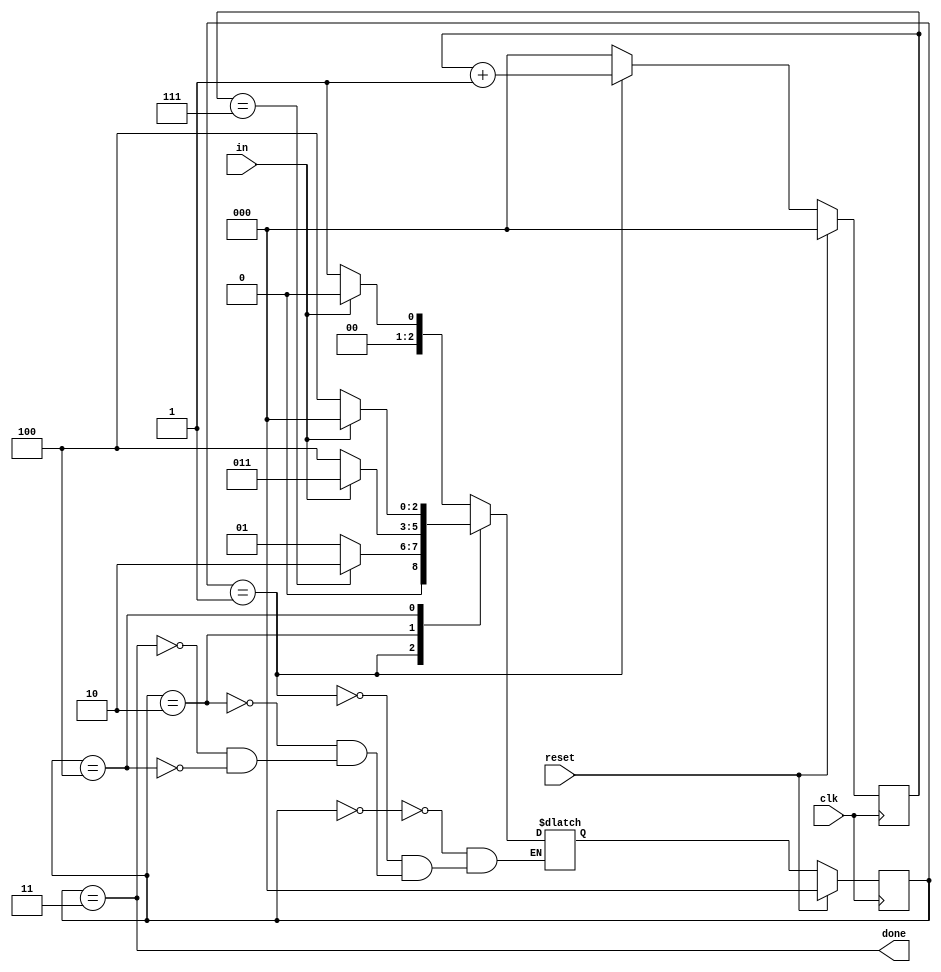
module top_module(
    input clk,
    input in,
    input reset,    // Synchronous reset
    output done
); 

parameter IDLE = 3'd0, Da = 3'd1, Ed = 3'd2, Fi = 3'd3, Er = 3'd4;

reg [2:0] cur_state, nxt_state;

reg  [2:0] cnt;
wire [2:0] cnt_nxt = cnt + 1'b1;

always @ (posedge clk) begin
    if (reset) cnt <= 3'b0;
    else begin
        if (cur_state == Da) cnt <= cnt_nxt;
        else cnt <= 3'b0;
    end
end

always @ (*) begin
    case (cur_state)
        IDLE : nxt_state = in ? IDLE : Da;
        Da   : nxt_state = cnt == 3'd7 ? Ed : Da;
        Ed   : nxt_state = in ? Fi : Er;
        Fi   : nxt_state = in ? IDLE : Da;
        Er   : nxt_state = in ? IDLE : Er;
    endcase 
end

always @ (posedge clk) begin
    if (reset) cur_state <= IDLE;
    else cur_state <= nxt_state;
end

assign done = cur_state == Fi;

endmodule